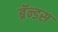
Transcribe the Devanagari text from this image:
ब्रॅन्डस